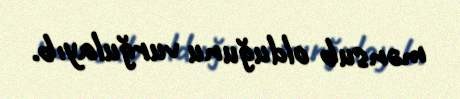
mənsub olduğunu vurğulayıb.